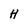
Character: H